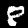
Label: 8